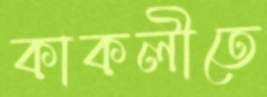
কাকলীতে